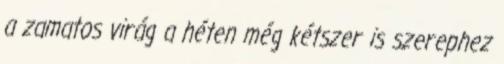
a zamatos virág a héten még kétszer is szerephez